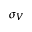
\sigma _ { V }